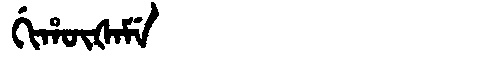
Manchu: ᡤᡳᡥᡡᡧᠠᠮᡝ
Romanization: GIHŪŠAME